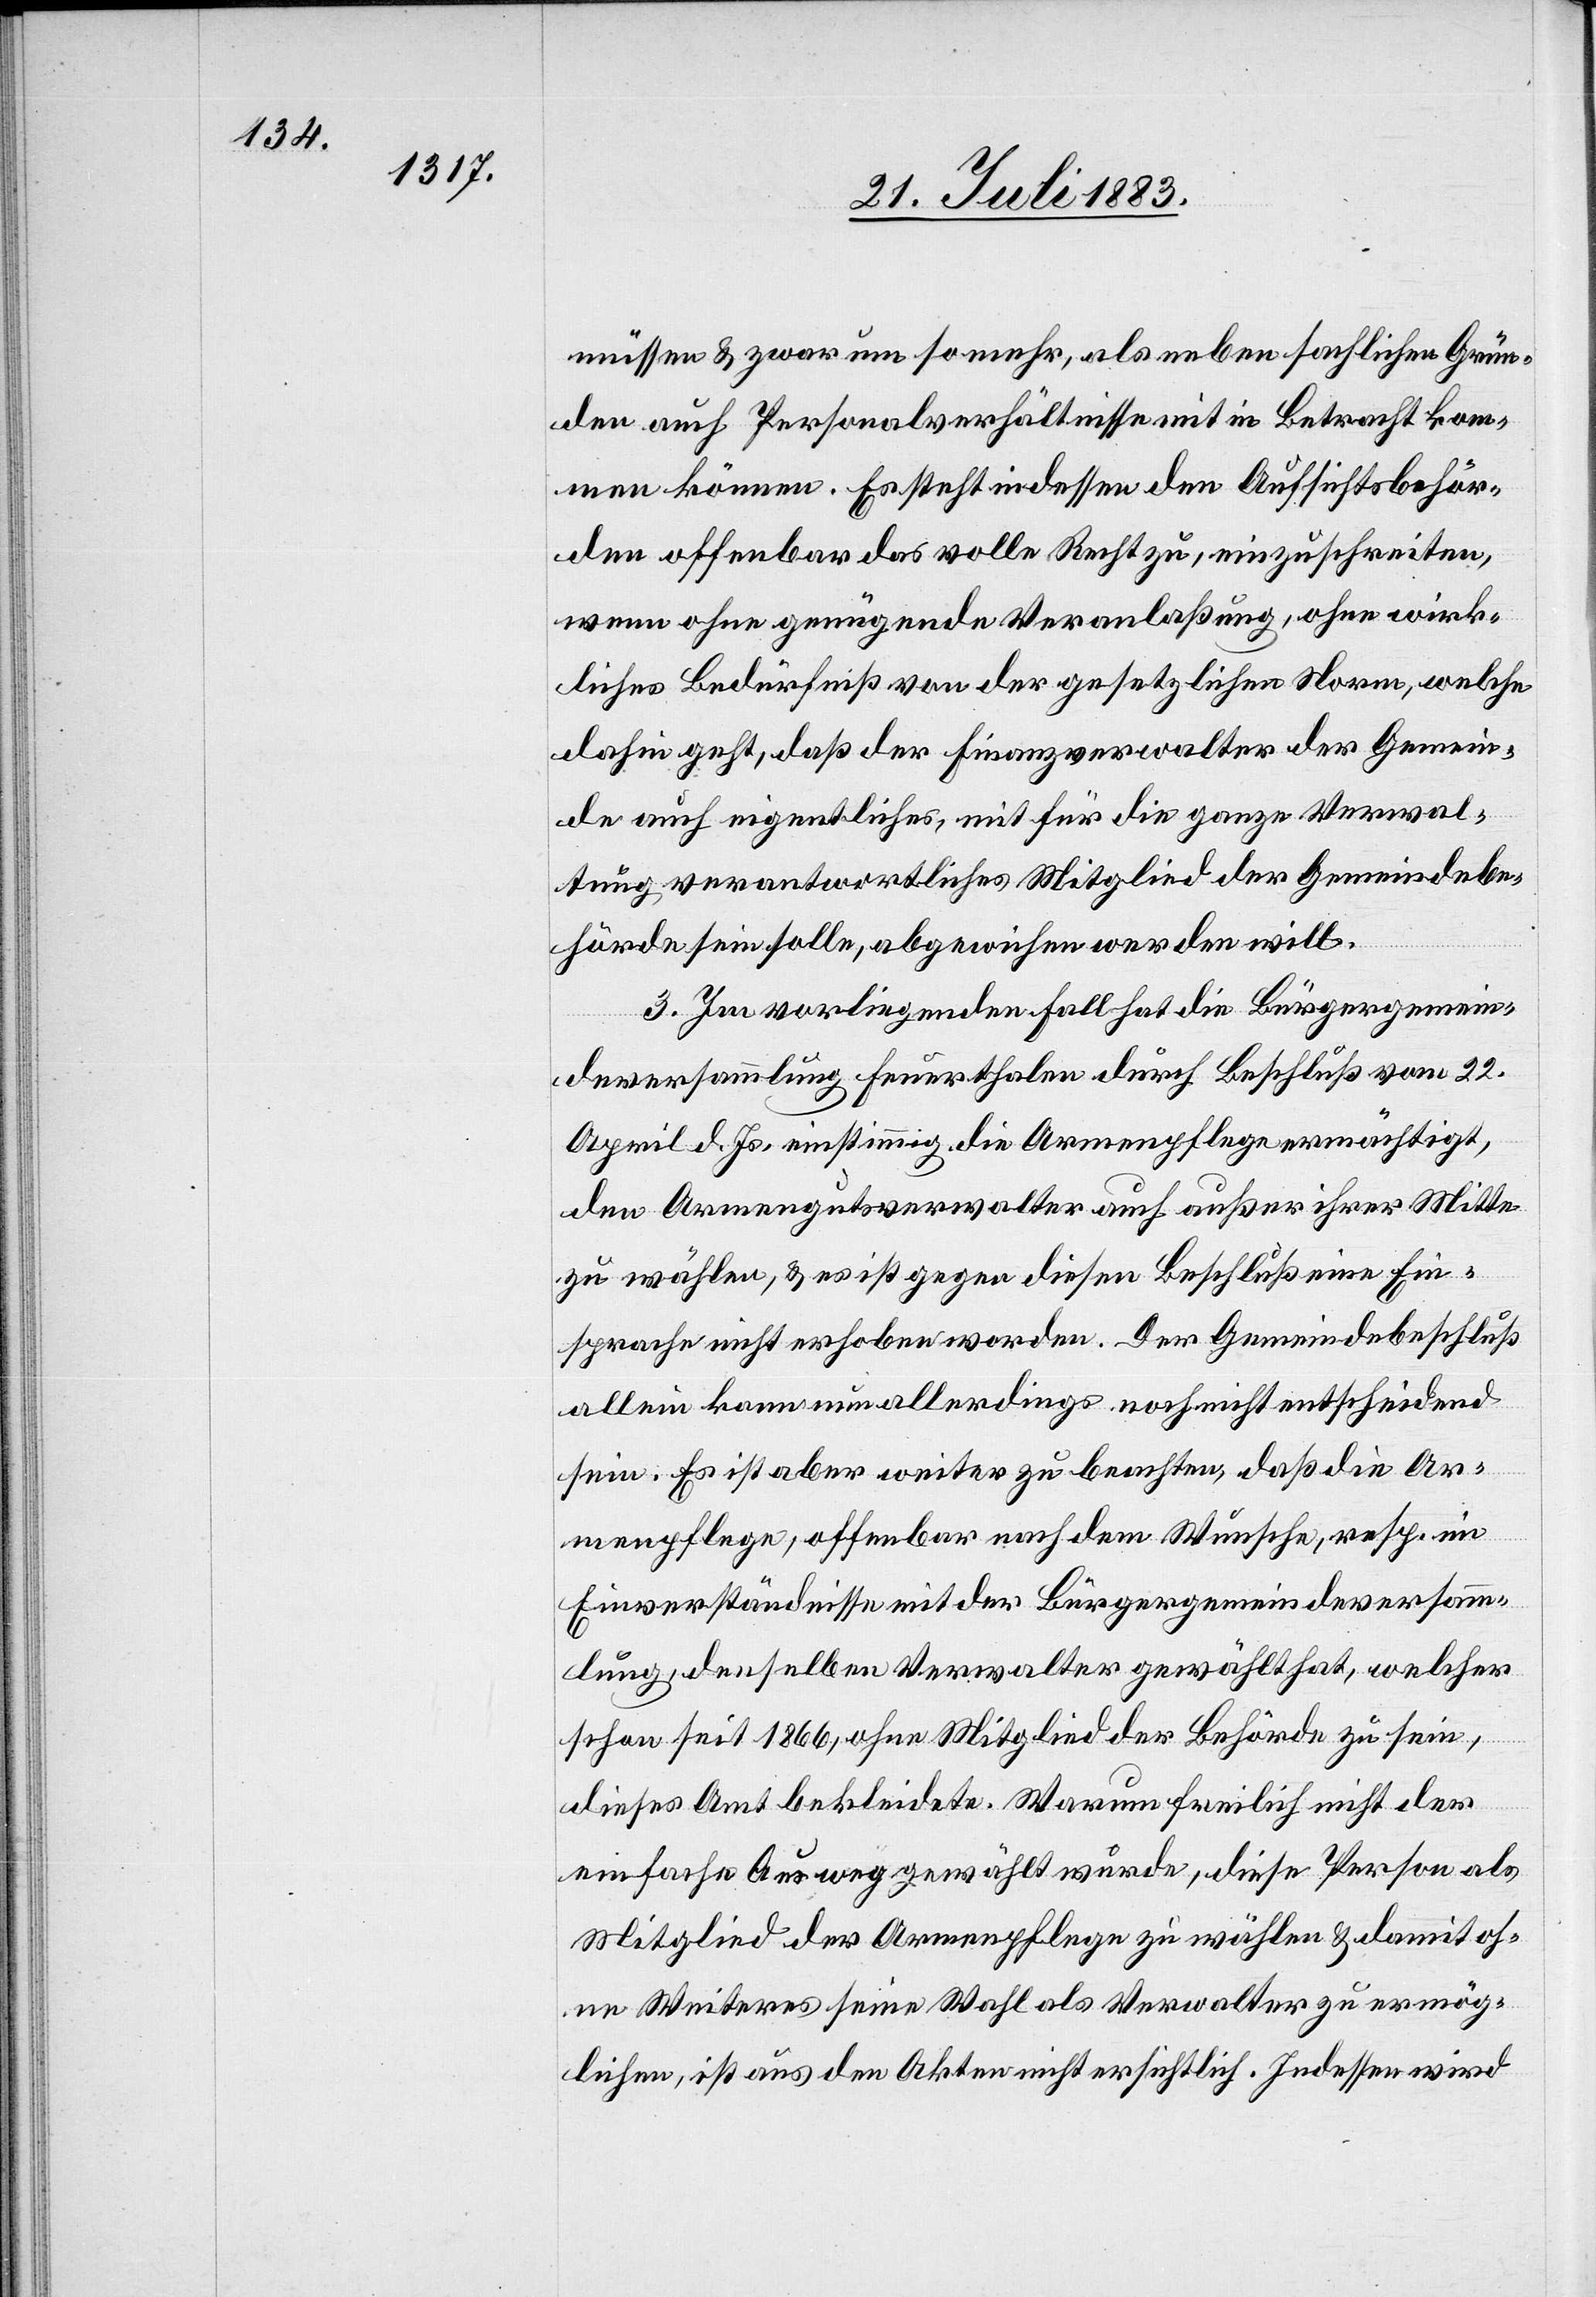
müssen und zwar um so mehr, als neben sachlichen Grün¬
den auch Personalverhältnisse in Betracht kom¬
men können. Es steht indessen den Aufsichtsbehör¬
den offenbar das volle Recht zu, einzuschreiten,
wenn ohne genügende Veranlaßung, ohne wirk¬
liches Bedürfniß von der gesetzlichen Norm, welche
dahin geht, daß der Finanzverwalter der Gemein¬
de auch eigentliches, mit für die ganze Verwal¬
tung verantwortliches Mitglied der Gemeindebe¬
hörde sein solle, abgewichen werden will.
3. Im vorliegenden Fall hat die Bürgergemein¬
deversammlung Feuerthalen durch Beschluß vom 22.
den Armengutsverwalter auch außerhalb ihrer Mitte
zu wählen, & es ist gegen diesen Beschluß eine Ein¬
sprache nicht erhoben worden. Der Gemeindebeschluß
allein kann nun allerdings noch nicht entscheidend
sein. Es ist aber weiter zu beachten, daß die Ar¬
menpflege, offenbar nach dem Wunsche, resp. im
Einverständniß mit der Bürgergemeindeversamm¬
lung, denselben Verwalter gewählt hat, welcher
schon seit 1866, ohne Mitglied der Behörde zu sein,
dieses Amt bekleidete. Warum freilich nicht der
einfache Ausweg gewählt wurde, diese Person als
Mitglied der Armenpflege zu wählen & damit oh¬
ne Weiteres seine Wahl als Verwalter zu ermög¬
lichen, ist aus den Akten nicht ersichtlich. Indessen wird